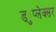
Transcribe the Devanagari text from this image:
ड्युप्लेक्सर